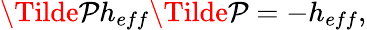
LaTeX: \begin{array}{r}{\Tilde{\mathcal P}h_{eff}\Tilde{\mathcal P}=-h_{eff},}\end{array}